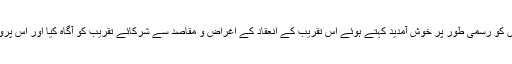
بعد ازآں اسکول کے پرنسپل عمران شاہ نے مہمانوں کو رسمی طور پر خوش آمدید کہتے ہوئے اِس تقریب کے انعقاد کے اغراض و مقاصد سے شرکائے تقریب کو آگاہ کیا اور اس پروگرام کے کامیاب انعقاد پر اسکول انتظامیہ ، ایس ۔